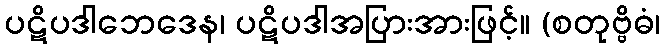
ပဋိပဒါဘေဒေန၊ ပဋိပဒါအပြားအားဖြင့်။ (စတုဗ္ဗိဓံ၊